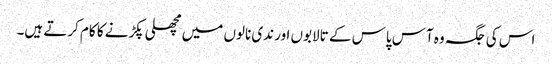
اس کی جگہ وہ آس پاس کے تالابوں اور ندی نالوں میں مچھلی پکڑنے کا کام کرتے ہیں۔